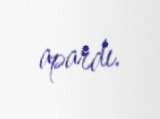
apardı.